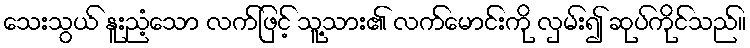
သေးသွယ် နူးညံ့သော လက်ဖြင့် သူ့သား၏ လက်မောင်းကို လှမ်း၍ ဆုပ်ကိုင်သည်။